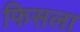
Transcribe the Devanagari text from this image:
फिसला